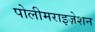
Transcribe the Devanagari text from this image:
पोलीमराइज़ेशन